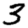
Digit: 3